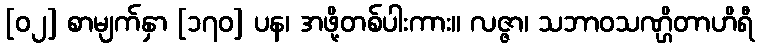
[၀၂] စာမျက်နှာ [၁၇၀] ပန၊ အဖို့တစ်ပါးကား။ လဇ္ဇာ၊ သဘာဝသဏ္ဌိတာဟိရီ